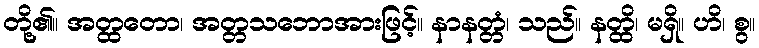
တို့၏။ အတ္ထတော၊ အတ္တသဘောအားဖြင့်။ နာနတ္တံ၊ သည်။ နတ္ထိ၊ မရှိ။ ဟိ၊ စွ။